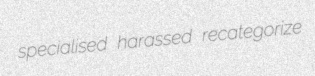
specialised harassed recategorize